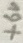
Text: +6V